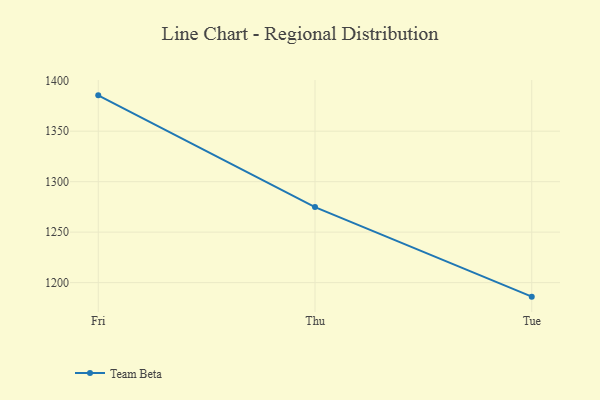
{"axis": {"x": "Day", "y": "Page Views"}, "legend": ["Team Beta"], "data": [{"x": "Fri", "y": 1385.5, "type": "Team Beta"}, {"x": "Thu", "y": 1274.8, "type": "Team Beta"}, {"x": "Tue", "y": 1186.1, "type": "Team Beta"}]}